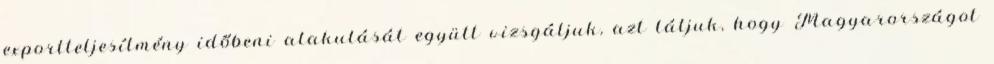
exportteljesítmény időbeni alakulását együtt vizsgáljuk, azt látjuk, hogy Magyarországot